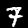
Digit: 7